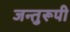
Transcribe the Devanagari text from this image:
जन्तुरूपी